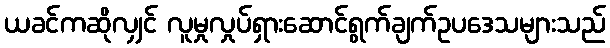
ယခင်ကဆိုလျှင် လူမှုလှုပ်ရှားဆောင်ရွက်ချက်ဥပဒေသများသည်